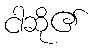
ငါဆို၏